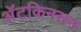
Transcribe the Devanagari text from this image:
अॅटकिनसन